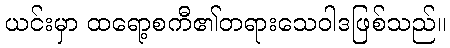
ယင်းမှာ ထရော့စကီ၏တရားသေဝါဒဖြစ်သည်။